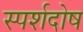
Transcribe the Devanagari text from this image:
स्पर्शदोष